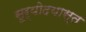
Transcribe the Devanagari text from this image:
सूर्योदयास्त